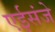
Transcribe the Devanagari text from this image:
एईसंजे